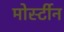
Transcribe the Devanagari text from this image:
मोर्स्टीन